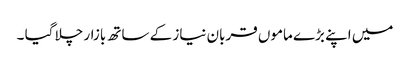
میں اپنے بڑے ماموں قربان نیاز کے ساتھ بازار چلا گیا ۔